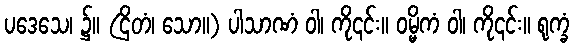
ပဒေသေ၊ ၌။ (ဌိတံ၊ သော။) ပါသာဏံ ဝါ၊ ကို၎င်း။ ဝမ္မိကံ ဝါ၊ ကို၎င်း။ ရုက္ခံ